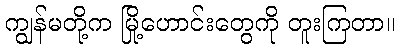
ကျွန်မတို့က မြို့ဟောင်းတွေကို တူးကြတာ။